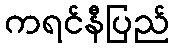
ကရင်နီပြည်